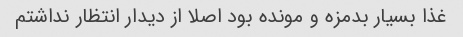
غذا بسیار بدمزه و مونده بود اصلا از دیدار انتظار نداشتم